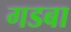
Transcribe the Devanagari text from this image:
गडबा